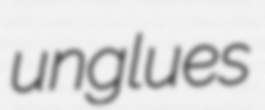
unglues